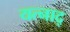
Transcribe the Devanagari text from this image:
यत्नाद्